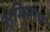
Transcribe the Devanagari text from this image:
अमितोष